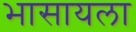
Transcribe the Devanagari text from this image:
भासायला